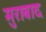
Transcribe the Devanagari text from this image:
मुराबाद